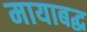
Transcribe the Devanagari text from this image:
मायाबद्ध